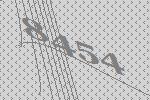
8454